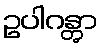
ဥပါဂန္တွာ